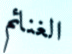
الغنائم